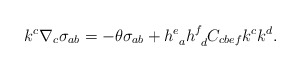
\begin{align*}k^c \nabla_c \sigma_{ab} =-\theta \sigma_{ab} + h^e_{~a} h^f_{~d} C_{cbef} k^c k^d.\end{align*}